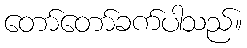
တော်တော်ခက်ပါသည်။